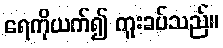
ရေကိုယက်၍ ကူးခပ်သည်။